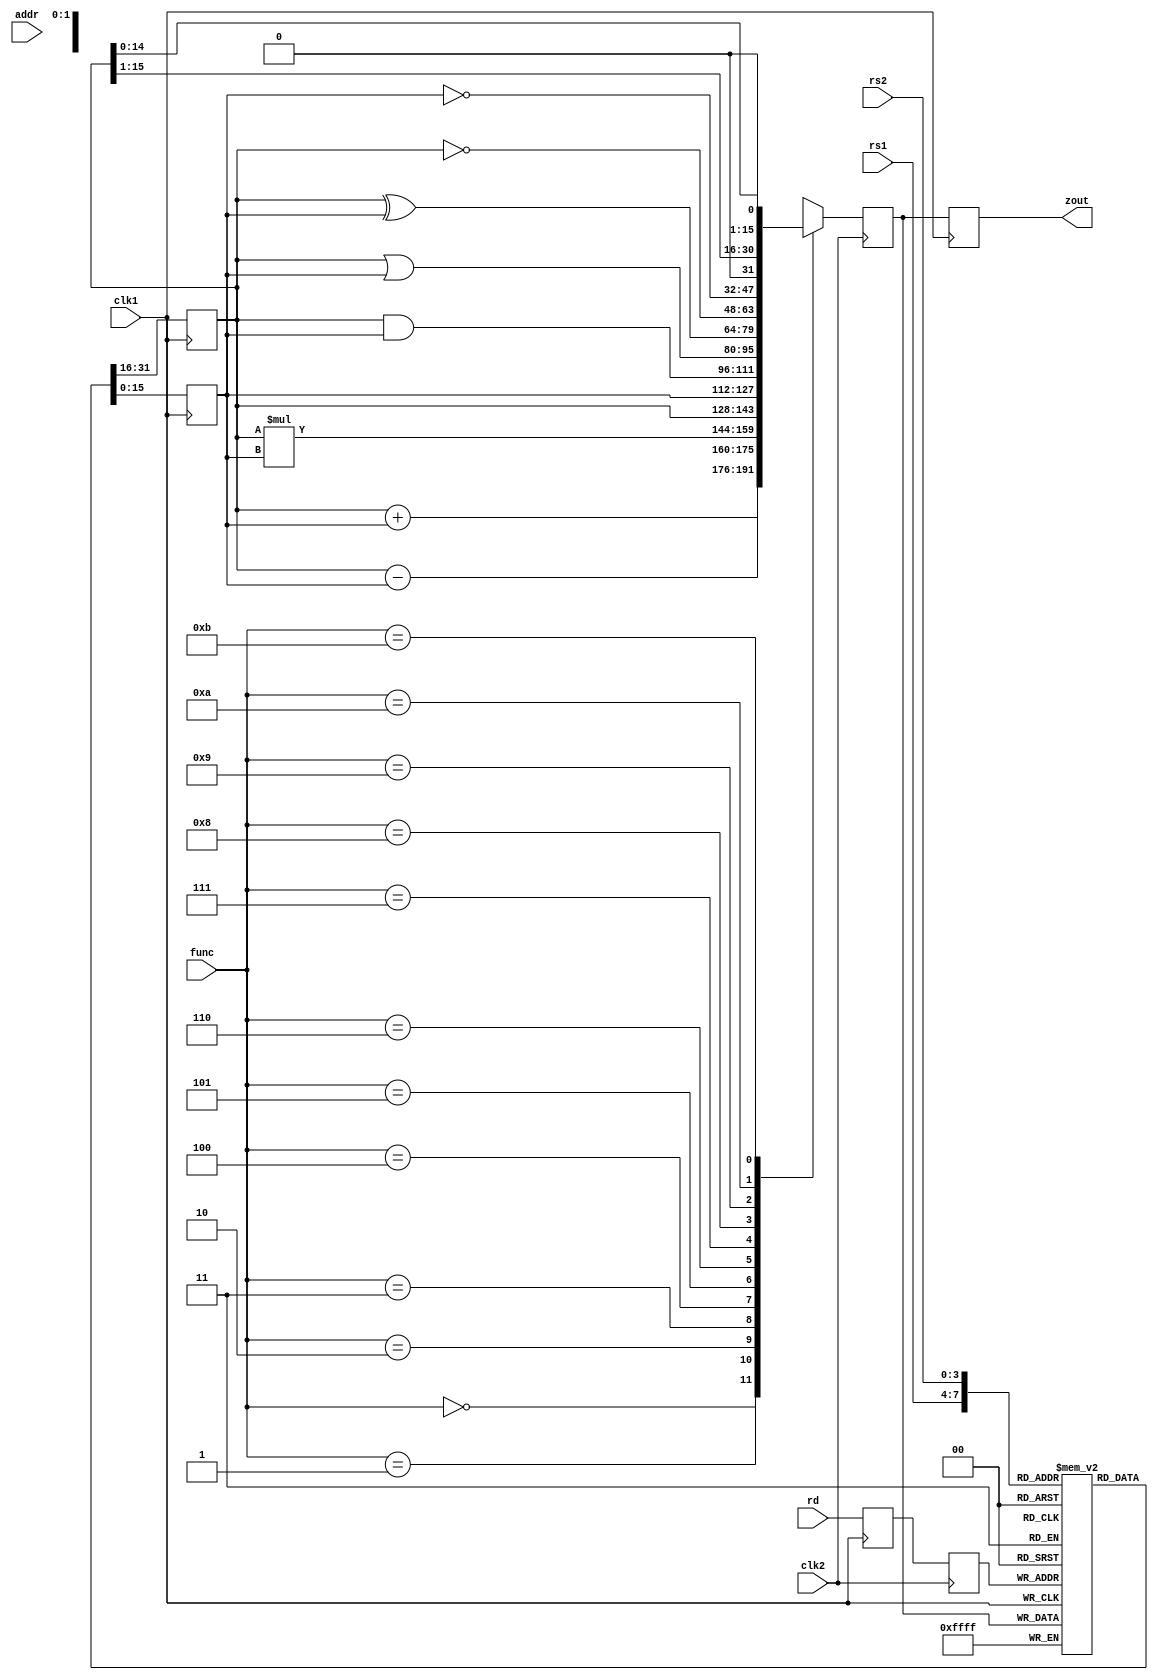
`timescale 1ns / 1ps

module pipeline2(zout,rs1,rs2,rd,func,addr,clk1,clk2);
    input [3:0]rs1,rs2,rd,func;
    input [7:0]addr;
    input clk1,clk2;
    output[15:0]zout;
    
    reg [15:0] L12_A,L12_B,L23_z,L34_z;
    reg [3:0] L12_rd,L12_func,L23_rd;
    reg [7:0] L12_addr,L23_addr,L34_addr;
    
    reg [15:0] regbank [0:15];  /// register bank
    reg [15:0] mem [0:255];   //memory
    assign zout=L34_z;
    
    always@(posedge clk1)begin
        L12_A <= #2 regbank[rs1];
        L12_B <= #2 regbank[rs2];
        L12_rd <= #2 rd;
        L12_func <= #2 func;
        L12_addr <= #2addr;                  ///STAGE 1
    end
    
     always@(negedge clk2)begin
        case(func)
            0 : L23_z <= #2 L12_A + L12_B;
            1 : L23_z <= #2 L12_A - L12_B;
            2 : L23_z <= #2 L12_A * L12_B;
            3 : L23_z <= #2 L12_A;
            4 : L23_z <= #2 L12_B;
            5 : L23_z <= #2 L12_A & L12_B;
            6 : L23_z <= #2 L12_A | L12_B;
            7 : L23_z <= #2 L12_A ^ L12_B;
            8 : L23_z <= #2 ~ L12_A;
            9 : L23_z <= #2 ~ L12_B;
            10 : L23_z <= #2 L12_A >> 1;
            11 :L23_z <= #2 L12_A << 1;
            
            default : L23_z <= #2 16'hxxxx;
        endcase
        
        L23_rd <= L12_rd;
        L23_addr <= L12_addr;                    ////STAGE 2
    end
    
    always@(posedge clk1)begin
        regbank[L23_rd]<=#2 L23_z;
        L34_z <= #2 L23_z;
        L34_addr <= #2 L23_addr;             ///STAGE 3
    end
    
    always@(negedge clk2)begin
        mem[L34_addr]<=#2 L34_z;           ///STAGE 4
    end
    
endmodule